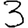
Digit: 3